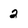
Character: 2